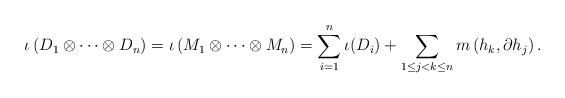
LaTeX: \begin{align*}\iota \left( D_1 \otimes \cdots \otimes D_n \right) = \iota \left( M_1 \otimes \cdots \otimes M_n \right)= \sum_{i=1}^n \iota(D_i) + \sum_{1 \leq j < k \leq n} m \left( h_k, \partial h_j \right).\end{align*}